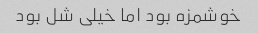
خوشمزه بود اما خیلی شل بود